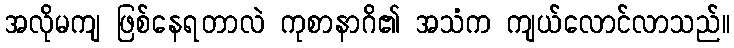
အလိုမကျ ဖြစ်နေရတာလဲ ကုစာနာဂိ၏ အသံက ကျယ်လောင်လာသည်။